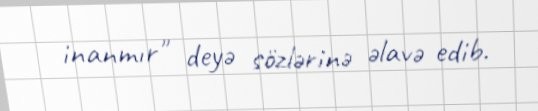
inanmır" deyə sözlərinə əlavə edib.